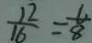
\frac { 1 2 } { 1 6 } = \frac { 6 } { 8 }